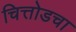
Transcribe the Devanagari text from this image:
चित्तोडचा